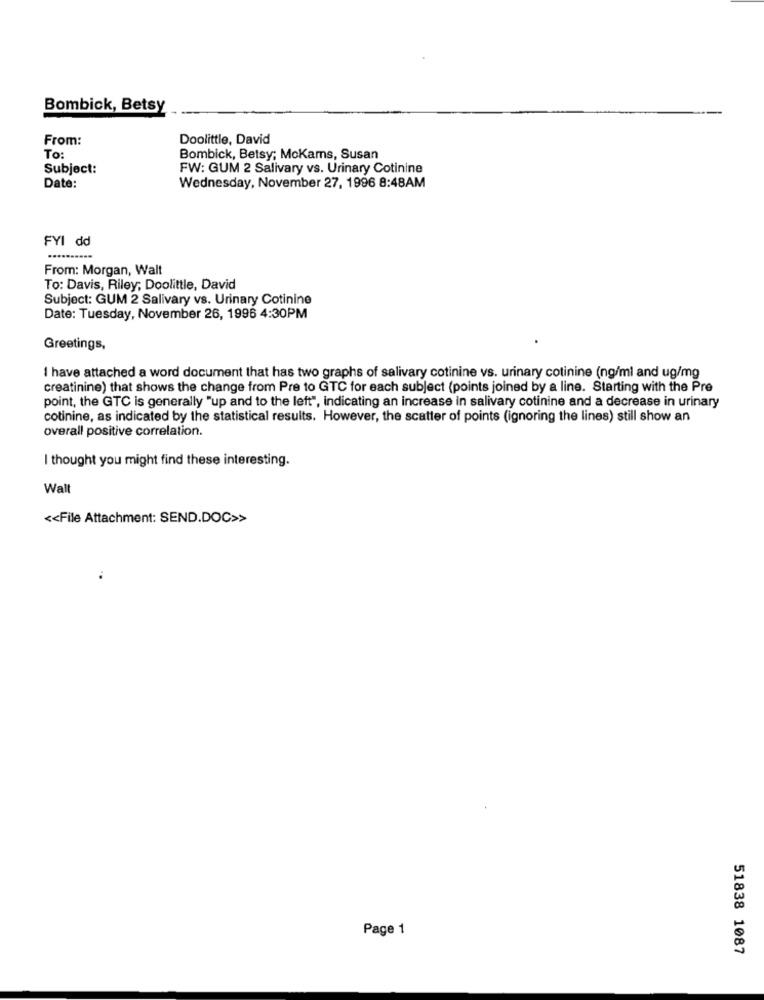
Bombick, Betsy
From:
Doolittle, David
To:
Bombick, Betsy; McKams, Susan
Subject:
FW: GUM 2 Salivary vs. Urinary Cotinine
Date:
Wednesday, November 27, 1996 8:48AM
FYI dd
From: Morgan, Walt
To: Davis, Riley; Doolittle, David
Subject: GUM 2 Salivary vs. Urinary Cotinine
Date: Tuesday, November 26, 1996 4:30PM
Greetings,
I have attached a word document that has two graphs of salivary cotinine vs. urinary cotinine (ng/ml and ug/mg
creatinine) that shows the change from Pre to GTC for each subject (points joined by a line. Starting with the Pre
point, the GTC is generally "up and to the left", indicating an increase in salivary cotinine and a decrease in urinary
cotinine, as indicated by the statistical results. However, the scatter of points (ignoring the lines) still show an
overall positive correlation.
I thought you might find these interesting.
Walt
<< File Attachment: SEND.DOC>>
Page 1
51838 1087